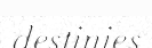
destinies